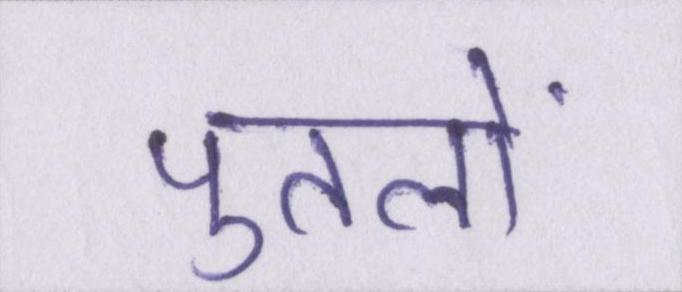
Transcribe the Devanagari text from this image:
पुतलों